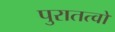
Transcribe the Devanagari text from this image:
पुरातत्वों